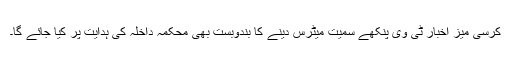
کرسی میز اخبار ٹی وی پنکھے سمیت میٹرس دینے کا بندوبست بھی محکمہ داخلہ کی ہدایت پر کیا جائے گا۔